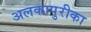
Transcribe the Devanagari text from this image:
अलकापुरीका